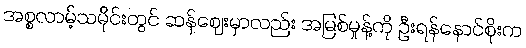
အစ္စလာမ့်သမိုင်းတွင် ဆန်ဈေးမှာလည်း အမြစ်မှုန့်ကို ဦးရန်နောင်စိုးက